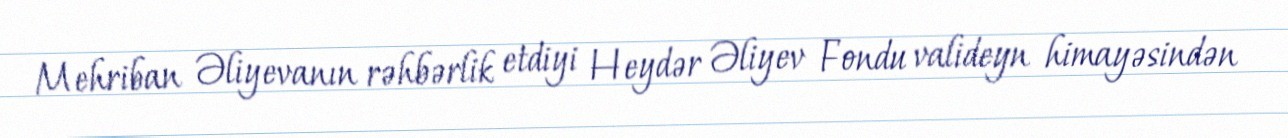
Mehriban Əliyevanın rəhbərlik etdiyi Heydər Əliyev Fondu valideyn himayəsindən